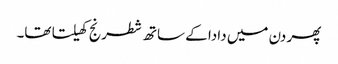
پھر دن میں دادا کے ساتھ شطرنج کھیلتا تھا۔